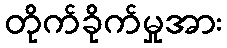
တိုက်ခိုက်မှုအား